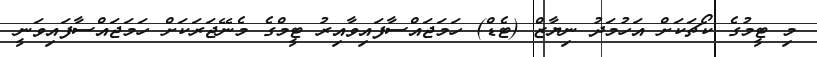
މި ޓީމުގެ ކޯޗަކަށް އަހުމަދު ނިޔާޒް (ޓެޑް) ހަމަޖައްސާފައިވާއިރު ޓީމްގެ މެނޭޖަރަކަށް ހަމަޖައްސާފައިވަނީ